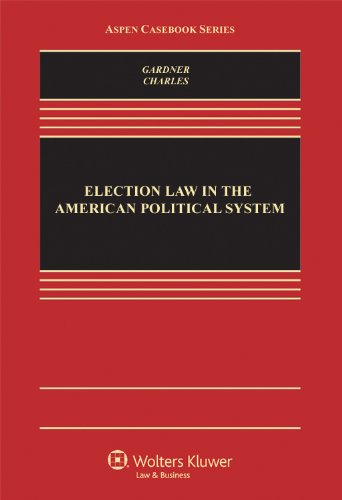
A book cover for Election Law in the American Political System (Aspen Casebook); James A. Gardner; Law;